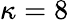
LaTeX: \kappa=8